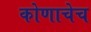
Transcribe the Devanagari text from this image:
कोणाचेच